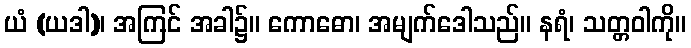
ယံ (ယဒါ)၊ အကြင် အခါ၌။ ကောဓော၊ အမျက်ဒေါသည်။ နရံ၊ သတ္တဝါကို။